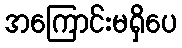
အကြောင်းမရှိပေ